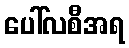
ပေါ်လစီအရ